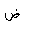
Letter: _dad